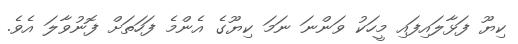
ކިޔޫ ފަޅާލައިފައި މީހަކު ވަންނަ ނަމަ ކިޔޫގެ އެންމެ ފަހަތަށް ފޮނުވާލަ އެވެ.